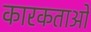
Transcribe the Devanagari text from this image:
कारकताओं